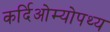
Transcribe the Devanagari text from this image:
कर्दिओम्योपथ्य